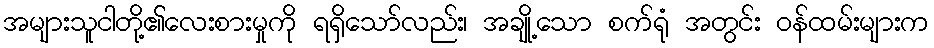
အများသူငါတို့၏လေးစားမှုကို ရရှိသော်လည်း၊ အချို့သော စက်ရုံ အတွင်း ဝန်ထမ်းများက